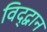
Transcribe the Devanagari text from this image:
विद्द्वान